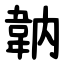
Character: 䪏